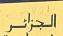
الجز ١ نر